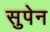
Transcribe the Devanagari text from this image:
सुपेन